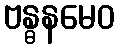
ဗန္ဓနမေဝ